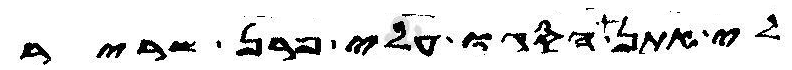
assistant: לי אתן הסגו עלי פרן שריר